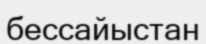
бессайыстан